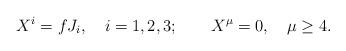
LaTeX: \begin{align*}X^{i}=f J_{i},\quad i=1,2,3;\quad\quad X^{\mu}=0,\quad\mu\geq 4.\end{align*}